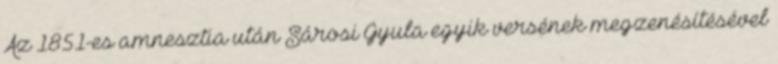
Az 1851-es amnesztia után Sárosi Gyula egyik versének megzenésítésével